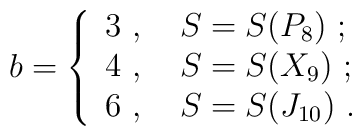
b =\left\{ \begin{array}{ll} 3 \ , \ & S = S ( P_8 ) \ ; \\ 4 \ , \ & S = S ( X_9 ) \ ; \\ 6 \ , \ & S = S ( J_{10} ) \ .\end{array} \right.